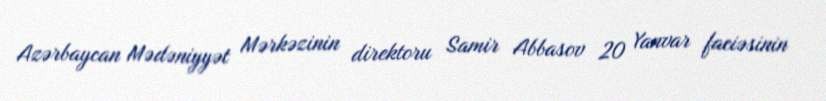
Azərbaycan Mədəniyyət Mərkəzinin direktoru Samir Abbasov 20 Yanvar faciəsinin